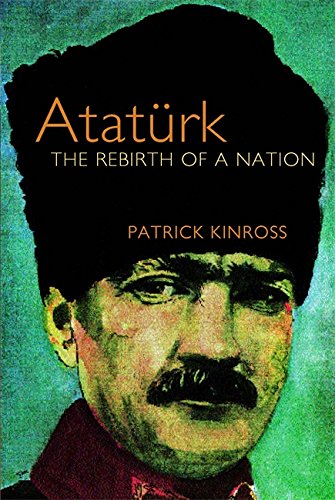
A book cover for Ataturk; Patrick Kinross; History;